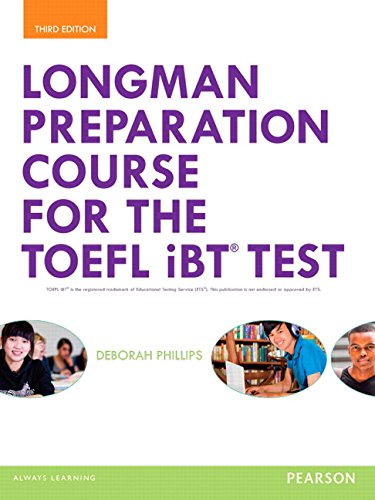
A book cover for Longman Preparation Course for the TOEFLÂ® iBT Test, with MyEnglishLab and online access to MP3 files, without Answer Key (3rd Edition); Deborah Phillips; Test Preparation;